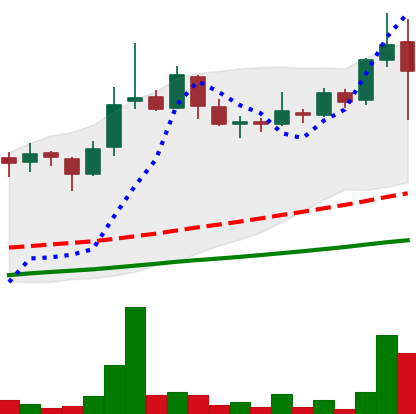
Ticker: LINK-USD
Chart end date: 2018-11-14
Forward return: -24.926%
Label: down_7plus